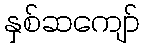
နှစ်ဆကျော်